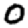
Digit: 0